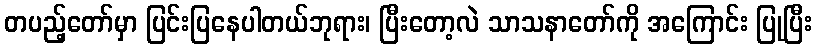
တပည့်တော်မှာ ပြင်းပြနေပါတယ်ဘုရား၊ ပြီးတော့လဲ သာသနာတော်ကို အကြောင်း ပြုပြီး